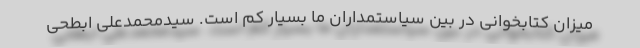
میزان کتابخوانی در بین سیاستمداران ما بسیار کم است. سیدمحمدعلی ابطحی